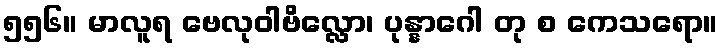
၅၅၆။ မာလူရ ဗေလုဝါဗိလ္လော၊ ပုန္နာဂေါ တု စ ကေသရော။